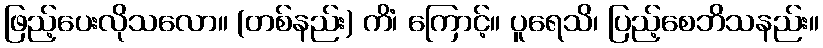
ဖြည့်ပေးလိုသလော။ (တစ်နည်း) ကိံ၊ ကြောင့်။ ပူရေသိ၊ ပြည့်စေဘိသနည်း။